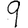
Digit: 9